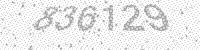
Solution: 836129